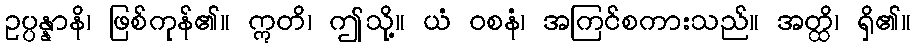
ဥပ္ပန္နာနိ၊ ဖြစ်ကုန်၏။ ဣတိ၊ ဤသို့။ ယံ ဝစနံ၊ အကြင်စကားသည်။ အတ္ထိ၊ ရှိ၏။